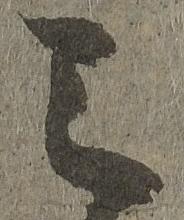
之